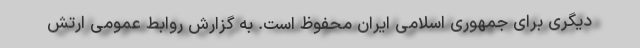
دیگری برای جمهوری اسلامی ایران محفوظ است. به گزارش روابط عمومی ارتش